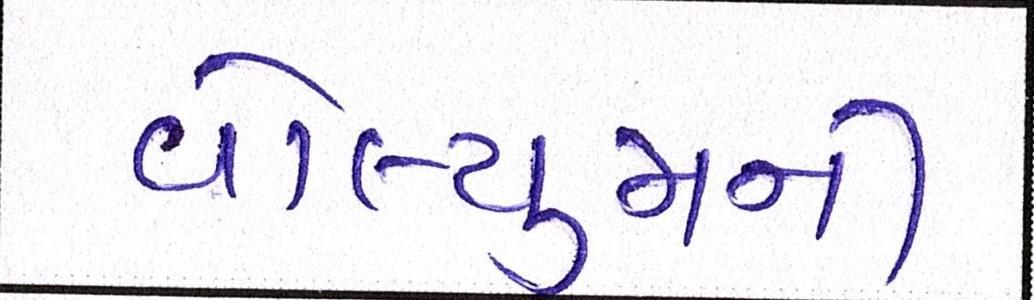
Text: વોલ્યુમની